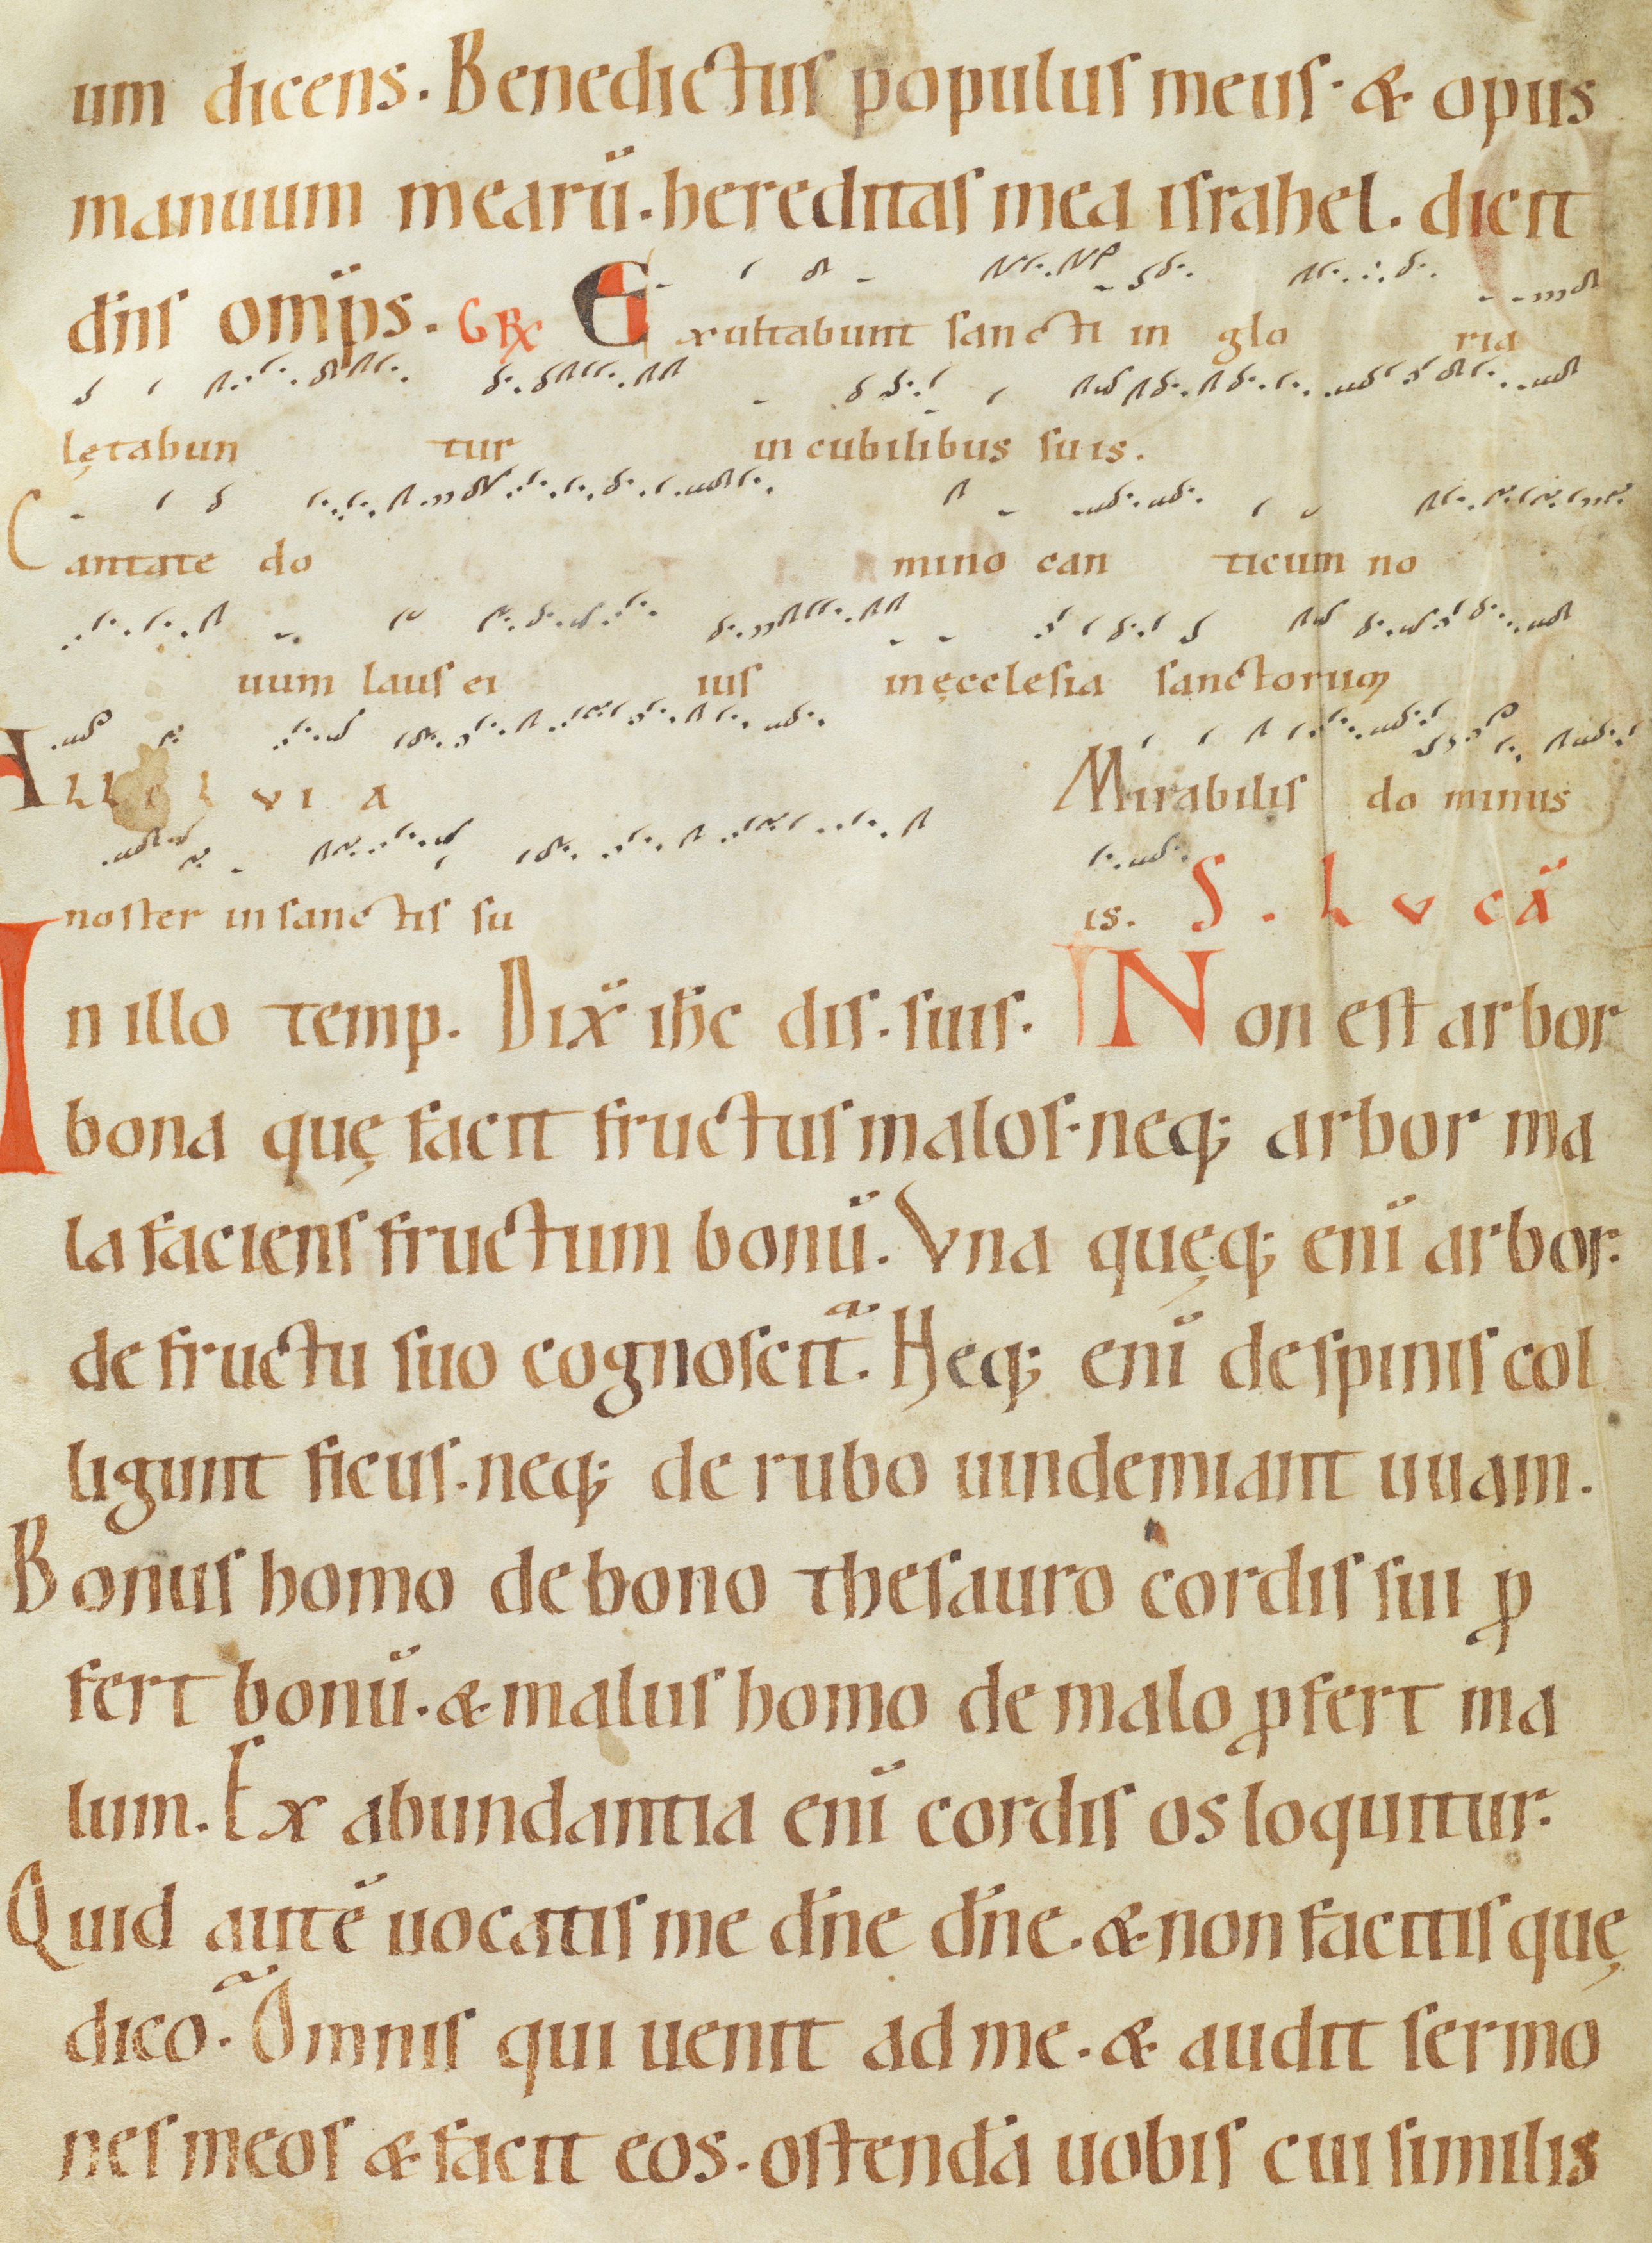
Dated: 1100–1199